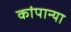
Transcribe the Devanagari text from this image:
कांपान्या